Madras plague regulations and rules for district municipalities and other towns and villages
Disease focus: Plague
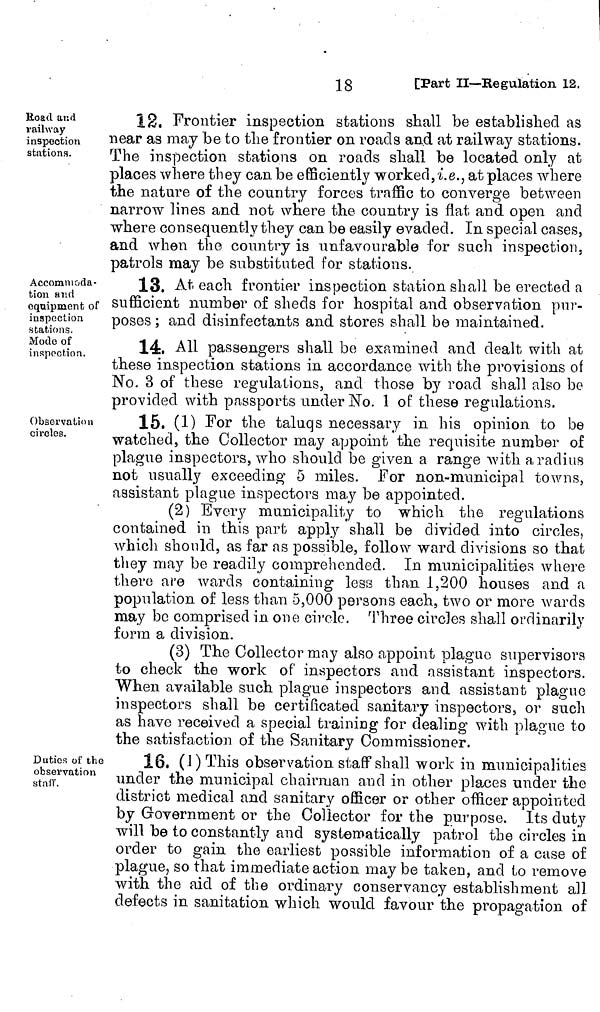
18
[Part II—Regulation 12.
Rogd and
railway
inspection
stations.
12, Frontier inspection stations shall be established as
near as may be to the frontier on roads and at railway stations.
The inspection stations on roads shall be located only at
places where they can be efficiently worked, i.e., at places where
the nature of the country forces traffic to converge between
narrow lines and not where the country is flat and open and
where consequently they can be easily evaded. In special cases,
and when the country is unfavourable for such inspection,
patrols may be substituted for stations.
Accommoda-
tion and
equipment of
inspection
stations.
Mode of
inspect.ion.
13. At each frontier inspection station shall be erected a
sufficient number of sheds for hospital and observation pur-
poses ; and disinfectants and stores shall be maintained.
14. All passengers shall be examined and dealt with at
these inspection stations in accordance with the provisions of
No. 3 of these regulations, and those by road shall also be
provided with passports under No. 1 of these regulations,
Observation
circles.
15. (1) For the talugs necessary in his opinion to be
watched, the Collector may appoint the requisite number of
plague inspectors, who should be given a range with a radius
not usually exceeding 5 miles. For non-municipal towns,
assistant plague inspectors may be appointed.
(2) Every municipality to which the regulations
contained in this part apply shall be divided into circles,
which should, as far as possible, follow ward divisions so that
they may be readily comprehended. In municipalities where
there are wards containing less than 1,200 houses and a
population of less than 5,000 persons each, two or more wards
may be comprised in one circle. Three circles shall ordinarily
form a division.
(3) The Collector may also appoint plague supervisors
to check the work of inspectors and assistant inspectors.
When available such plague inspectors and assistant plague
inspectors shall be certificated sanitary inspectors, or such
as have received a special training for dealing with plague to
the satisfaction of the Sanitary Commissioner.
Duties of the
observation
staff.
16. (I) This observation staff shall work in municipalities
under the municipal chairman and in other places under the
district medical and sanitary officer or other officer appointed
by Government or the Collector for the purpose. Its duty
will be to constantly and systematically patrol the circles in
order to gain the earliest possible information of a case of
plague, so that immediate action may be taken, and to remove
with the aid of the ordinary conservancy establishment all
defects in sanitation which would favour the propagation of